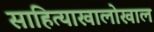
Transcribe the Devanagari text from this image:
साहित्याखालोखाल